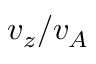
v _ { z } / v _ { A }